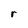
Character: r